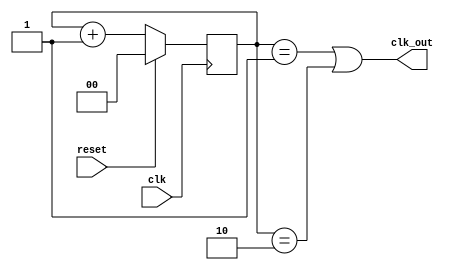
module divide_4(clk, reset, clk_out);

input clk, reset;
output clk_out;
reg [1:0] count;

always @ (posedge clk)begin 
if(reset)
    count = 1'b 0;
else
    count  = count + 1'b 1;
end
assign clk_out = (count == 1) || (count == 2) ;
endmodule